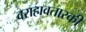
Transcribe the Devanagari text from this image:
वराहावतारकी